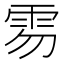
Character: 𩂂